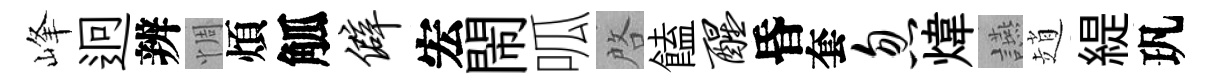
峰迥辨惆煩觚僻宏閙呱啓饁醒昏套忽煒讌趙緹㺬